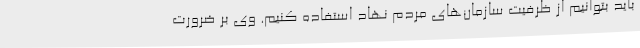
باید بتوانیم از ظرفیت سازمان‌های مردم نهاد استفاده کنیم. وی بر ضرورت